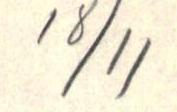
18/11